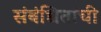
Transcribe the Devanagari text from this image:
संबंधितांची